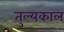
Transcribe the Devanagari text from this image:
तुल्यकाल